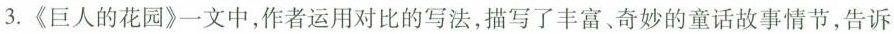
3.《巨人的花园》一文中，作者运用对比的写法，描写了丰富、奇妙的童话故事情节，告诉